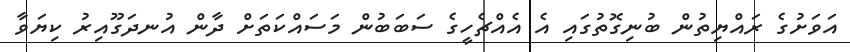
އަވަށުގެ ރައްޔިތުން ބުނިގޮތުގައި އެ އެއްޗެހީގެ ސަބަބުން މަސައްކަތަށް ދާން އުނދަގޫއިރު ކިޔަވާ